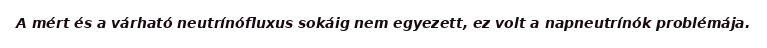
A mért és a várható neutrínófluxus sokáig nem egyezett, ez volt a napneutrínók problémája.